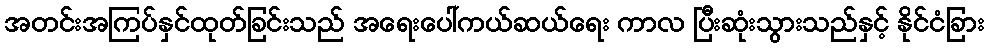
အတင်းအကြပ်နှင်ထုတ်ခြင်းသည် အရေးပေါ်ကယ်ဆယ်ရေး ကာလ ပြီးဆုံးသွားသည်နှင့် နိုင်ငံခြား